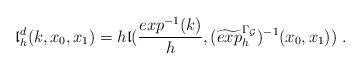
LaTeX: \begin{align*}{\mathfrak l}^d_h(k, x_0, x_1)=h {\mathfrak l}(\frac{{exp}^{-1}(k)}{h}, (\widetilde{exp}^{\Gamma_{\mathcal G}}_{h})^{-1}(x_0, x_1))\; . \end{align*}